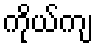
ကိုယ်ကျ